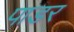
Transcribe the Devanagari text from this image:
पाडर